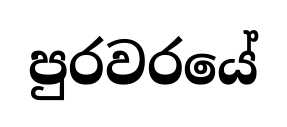
පුරවරයේ